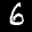
Label: 6